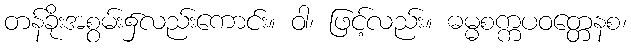
တန်ခိုးအစွမ်း၌လည်းကောင်း။ ဝါ၊ ဖြင့်လည်း။ ဓမ္မစက္ကပဝတ္တေနစ၊